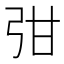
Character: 𭚩